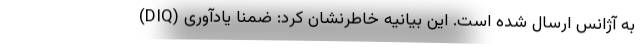
(DIQ) به آژانس ارسال شده است. این بیانیه خاطرنشان کرد: ضمنا یادآوری